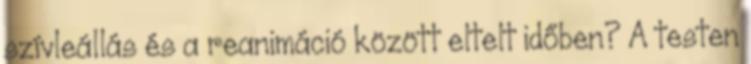
szívleállás és a reanimáció között eltelt időben? A testen